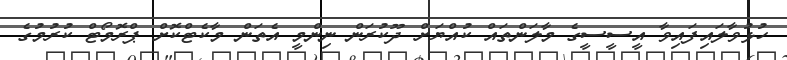
ހުޅުވާލައިފައިވާ އީސީސީގެ މާލަންތައް ކުއްޔަށް ދޫކުރަން ނިންމީ އެތަން މާކެޓްކޮށް ޕްރޮމޯޓް ކުރުމުގެ